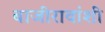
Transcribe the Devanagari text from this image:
बाजीरावांशी